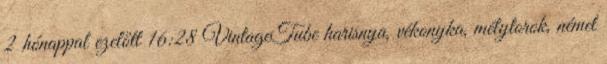
2 hónappal ezelőtt 16:28 VintageTube harisnya, vékonyka, mélytorok, német